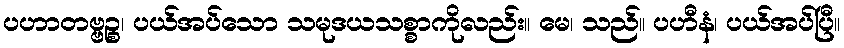
ပဟာတဗ္ဗဉ္စ၊ ပယ်အပ်သော သမုဒယသစ္စာကိုလည်း။ မေ၊ သည်။ ပဟီနံ၊ ပယ်အပ်ပြီ။